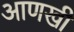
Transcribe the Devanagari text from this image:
अाणखी